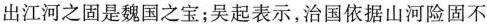
出江河之固是魏国之宝；吴起表示，治国依据山河险固不